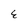
Character: E